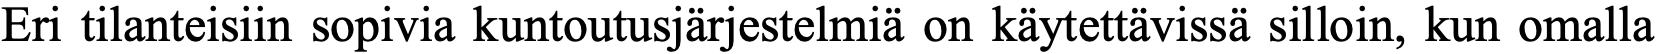
Eri tilanteisiin sopivia kuntoutusjärjestelmiä on käytettävissä silloin, kun omalla